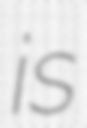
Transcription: is